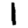
Digit: 1